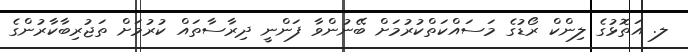
ލ. އަތޮޅުގެ ލިންކް ރޯޑުގެ މަސައްކަތްކުރުމަށް ބޭނުންވާ ފަންނީ ދިރާސާތައް ކުރުމަށް ތަޖުރިބާކާރުންގެ